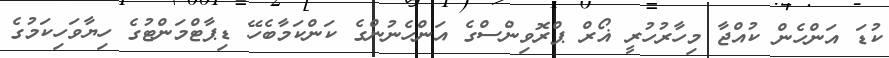
ކުޑަ އަންހެން ކުއްޖާ މިހާރުހުރީ ޣޯރް ޕްރޮވިންސްގެ އަންހެނުންގެ ކަންކަމާބެހޭ ޑިޕާޓްމަންޓުގެ ހިޔާވަހިކަމުގެ